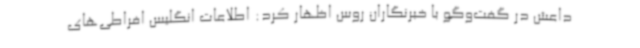
داعش در گفت‌وگو با خبرنگاران روس اظهار کرد: اطلاعات انگلیس افراطی‌های